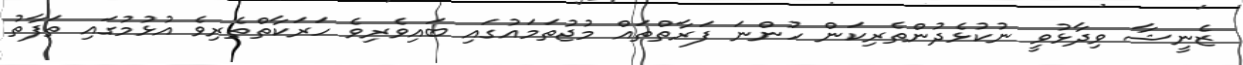
ޒެނީޝާ ވިދާޅުވީ ނުކުޅެދުންތެރިކަން ހުންނަ ފަރާތްތައް މުޖުތަމައުގައި ބައިވެރިވެ ހަރަކާތްތެރިވެ އުޅުމުގައި ތަފާތު